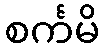
စင်္ကမိ